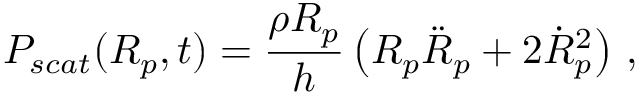
P _ { s c a t } ( R _ { p } , t ) = \frac { \rho R _ { p } } { h } \left( R _ { p } \ddot { R } _ { p } + 2 \dot { R } _ { p } ^ { 2 } \right) \, ,